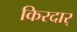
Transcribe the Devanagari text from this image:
किरदार्